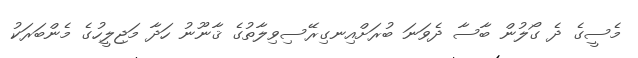
މެސީގެ ދެ ގޯލުން ބާސާ ދެވަނަ ބުރަށްއިނގިރޭސިވިލާތުގެ ޤާނޫނު ހަދާ މަޖިލީހުގެ މެންބަރަކު